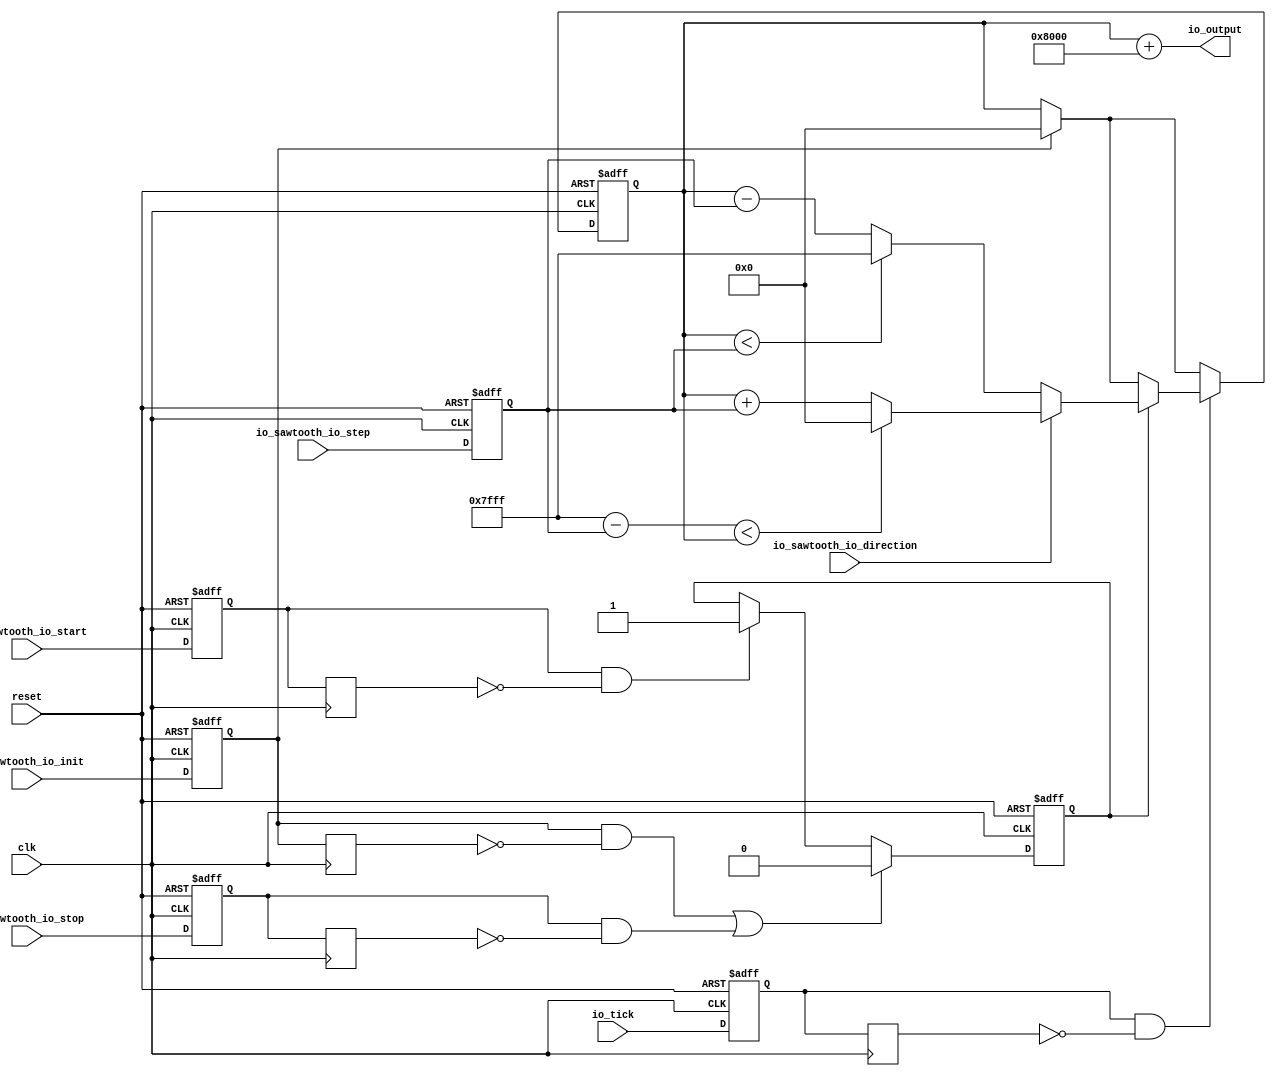
// Generator : SpinalHDL v1.8.0    git head : 4e3563a282582b41f4eaafc503787757251d23ea
// Component : SawToothWaveGenerator
// Git hash  : 0fd1febc8346d779f50a61815c7871e1da7e653f

`timescale 1ns/1ps

module SawToothWaveGenerator (
  input               io_sawtooth_io_direction,
  input      [7:0]    io_sawtooth_io_step,
  input               io_sawtooth_io_start,
  input               io_sawtooth_io_stop,
  input               io_sawtooth_io_init,
  output     [15:0]   io_output,
  input               io_tick,
  input               clk,
  input               reset
);

  wire       [14:0]   _zz_when_SawToothWaveGenerator_l52;
  wire       [14:0]   _zz_when_SawToothWaveGenerator_l52_1;
  wire       [14:0]   _zz_sawtooth;
  wire       [14:0]   _zz_when_SawToothWaveGenerator_l58;
  wire       [14:0]   _zz_sawtooth_1;
  wire       [15:0]   _zz_io_output;
  reg        [7:0]    step;
  reg        [14:0]   sawtooth;
  reg                 isRunning;
  reg                 start;
  reg                 stop;
  reg                 init;
  reg                 tick;
  reg                 init_regNext;
  reg                 stop_regNext;
  wire                when_SawToothWaveGenerator_l38;
  reg                 start_regNext;
  wire                when_SawToothWaveGenerator_l40;
  reg                 tick_regNext;
  wire                when_SawToothWaveGenerator_l49;
  wire                when_SawToothWaveGenerator_l52;
  wire                when_SawToothWaveGenerator_l58;

  assign _zz_when_SawToothWaveGenerator_l52 = (15'h7fff - _zz_when_SawToothWaveGenerator_l52_1);
  assign _zz_when_SawToothWaveGenerator_l52_1 = {7'd0, step};
  assign _zz_sawtooth = {7'd0, step};
  assign _zz_when_SawToothWaveGenerator_l58 = {7'd0, step};
  assign _zz_sawtooth_1 = {7'd0, step};
  assign _zz_io_output = {1'd0, sawtooth};
  assign when_SawToothWaveGenerator_l38 = ((init && (! init_regNext)) || (stop && (! stop_regNext))); // @[BaseType.scala 305:24]
  assign when_SawToothWaveGenerator_l40 = (start && (! start_regNext)); // @[BaseType.scala 305:24]
  assign when_SawToothWaveGenerator_l49 = (tick && (! tick_regNext)); // @[BaseType.scala 305:24]
  assign when_SawToothWaveGenerator_l52 = (_zz_when_SawToothWaveGenerator_l52 < sawtooth); // @[BaseType.scala 305:24]
  assign when_SawToothWaveGenerator_l58 = (sawtooth < _zz_when_SawToothWaveGenerator_l58); // @[BaseType.scala 305:24]
  assign io_output = (_zz_io_output + 16'h8000); // @[SawToothWaveGenerator.scala 66:13]
  always @(posedge clk or posedge reset) begin
    if(reset) begin
      step <= 8'h0; // @[Data.scala 400:33]
      sawtooth <= 15'h0; // @[Data.scala 400:33]
      isRunning <= 1'b0; // @[Data.scala 400:33]
      start <= 1'b0; // @[Data.scala 400:33]
      stop <= 1'b0; // @[Data.scala 400:33]
      init <= 1'b0; // @[Data.scala 400:33]
      tick <= 1'b0; // @[Data.scala 400:33]
    end else begin
      step <= io_sawtooth_io_step; // @[SawToothWaveGenerator.scala 24:8]
      start <= io_sawtooth_io_start; // @[SawToothWaveGenerator.scala 29:9]
      stop <= io_sawtooth_io_stop; // @[SawToothWaveGenerator.scala 31:8]
      init <= io_sawtooth_io_init; // @[SawToothWaveGenerator.scala 33:8]
      tick <= io_tick; // @[SawToothWaveGenerator.scala 36:8]
      if(when_SawToothWaveGenerator_l38) begin
        isRunning <= 1'b0; // @[SawToothWaveGenerator.scala 39:15]
      end else begin
        if(when_SawToothWaveGenerator_l40) begin
          isRunning <= 1'b1; // @[SawToothWaveGenerator.scala 41:15]
        end else begin
          isRunning <= isRunning; // @[SawToothWaveGenerator.scala 43:15]
        end
      end
      if(init) begin
        sawtooth <= 15'h0; // @[SawToothWaveGenerator.scala 46:14]
      end
      if(when_SawToothWaveGenerator_l49) begin
        if(isRunning) begin
          if(io_sawtooth_io_direction) begin
            if(when_SawToothWaveGenerator_l52) begin
              sawtooth <= 15'h0; // @[SawToothWaveGenerator.scala 53:20]
            end else begin
              sawtooth <= (sawtooth + _zz_sawtooth); // @[SawToothWaveGenerator.scala 55:20]
            end
          end else begin
            if(when_SawToothWaveGenerator_l58) begin
              sawtooth <= 15'h7fff; // @[SawToothWaveGenerator.scala 59:20]
            end else begin
              sawtooth <= (sawtooth - _zz_sawtooth_1); // @[SawToothWaveGenerator.scala 61:20]
            end
          end
        end
      end
    end
  end

  always @(posedge clk) begin
    init_regNext <= init; // @[Reg.scala 39:30]
    stop_regNext <= stop; // @[Reg.scala 39:30]
    start_regNext <= start; // @[Reg.scala 39:30]
    tick_regNext <= tick; // @[Reg.scala 39:30]
  end


endmodule